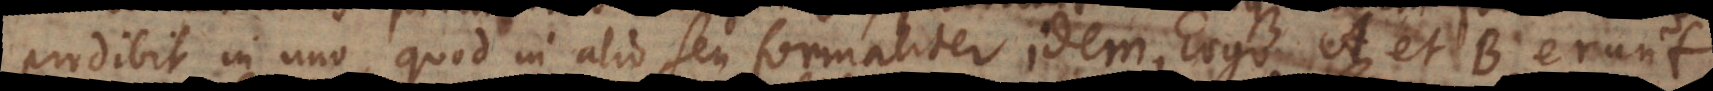
prodibit in uno, quod in alio seu formaliter idem, Ergo A et B erunt